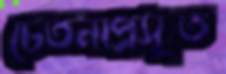
চেতনাপ্রসূত